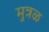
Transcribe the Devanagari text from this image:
मुत्रळ